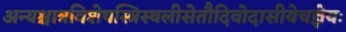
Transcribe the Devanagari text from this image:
अन्यश्चात्रविशेषस्त्रिस्थलीसेतौदिवोदासीयेचज्ञेयः